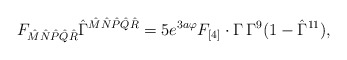
\begin{align*}F_{{\hat M}{\hat N}{\hat P}{\hat Q}{\hat R}}{\hat \Gamma}^{{\hat M}{\hat N}{\hat P}{\hat Q}{\hat R}}=5e^{3a\varphi}F_{[4]}\cdot\Gamma\,\Gamma^9(1-\hat\Gamma^{11}),\end{align*}